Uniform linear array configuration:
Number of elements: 12
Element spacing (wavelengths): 0.25
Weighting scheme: kaiser
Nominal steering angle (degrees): -60
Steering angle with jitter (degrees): -60.287
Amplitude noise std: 0.05
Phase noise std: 0.05

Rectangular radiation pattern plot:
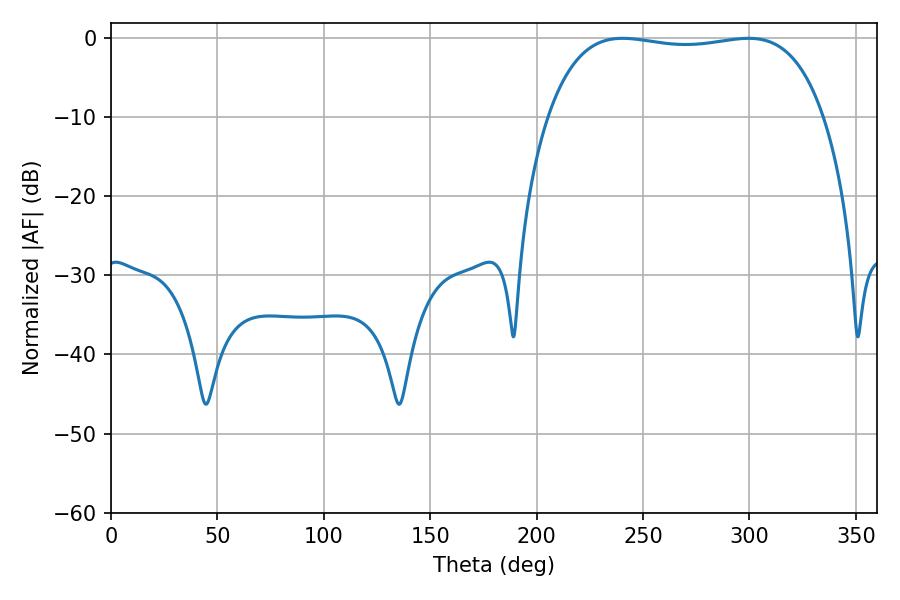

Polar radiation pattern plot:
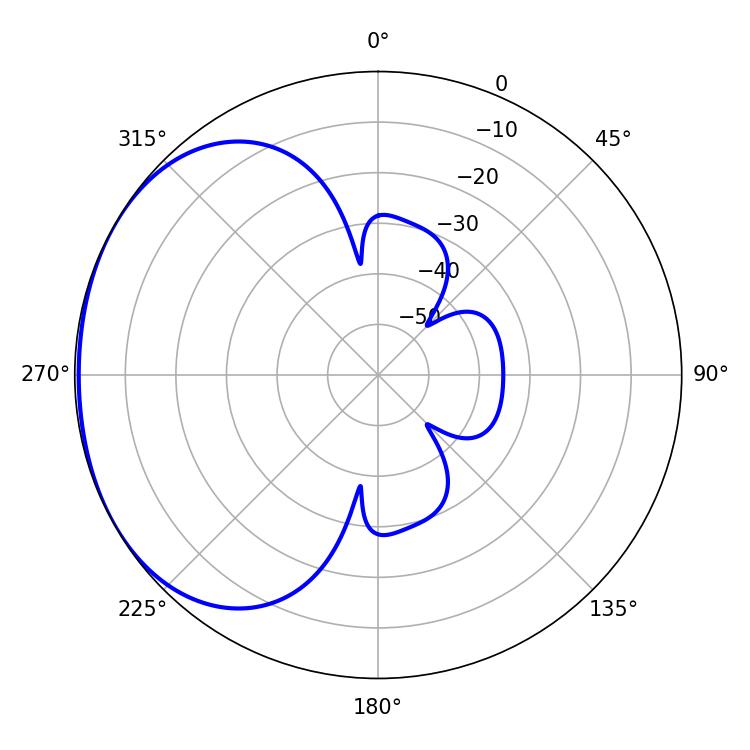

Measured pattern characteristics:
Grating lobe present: FALSE
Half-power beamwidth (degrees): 103.68
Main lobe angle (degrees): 240.48